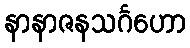
နာနာဇနသင်္ဂဟော